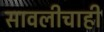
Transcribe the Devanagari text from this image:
सावलीचाही